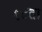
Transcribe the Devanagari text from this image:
१४ता